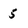
Character: 5